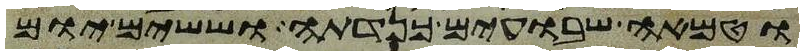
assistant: וטמאה שבועים כנדתה וששים יום